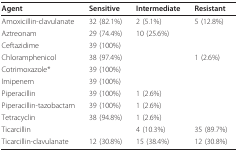
| Agent | Sensitive | Intermediate | Resistant |
 | --- | --- | --- | --- |
 | Amoxicillin-clavulanate | 32 (82.1%) | 2 (5.1%) | 5 (12.8%) |
 | Aztreonam | 29 (74.4%) | 10 (25.6%) |  |
 | Ceftazidime | 39 (100%) |  |  |
 | Chloramphenicol | 38 (97.4%) |  | 1 (2.6%) |
 | Cotrimoxazole* | 39 (100%) |  |  |
 | Imipenem | 39 (100%) |  |  |
 | Piperacillin | 39 (100%) | 1 (2.6%) |  |
 | Piperacillin-tazobactam | 39 (100%) | 1 (2.6%) |  |
 | Tetracyclin | 38 (94.8%) | 1 (2.6%) |  |
 | Ticarcillin |  | 4 (10.3%) | 35 (89.7%) |
 | Ticarcillin-clavulanate | 12 (30.8%) | 15 (38.4%) | 12 (30.8%) |